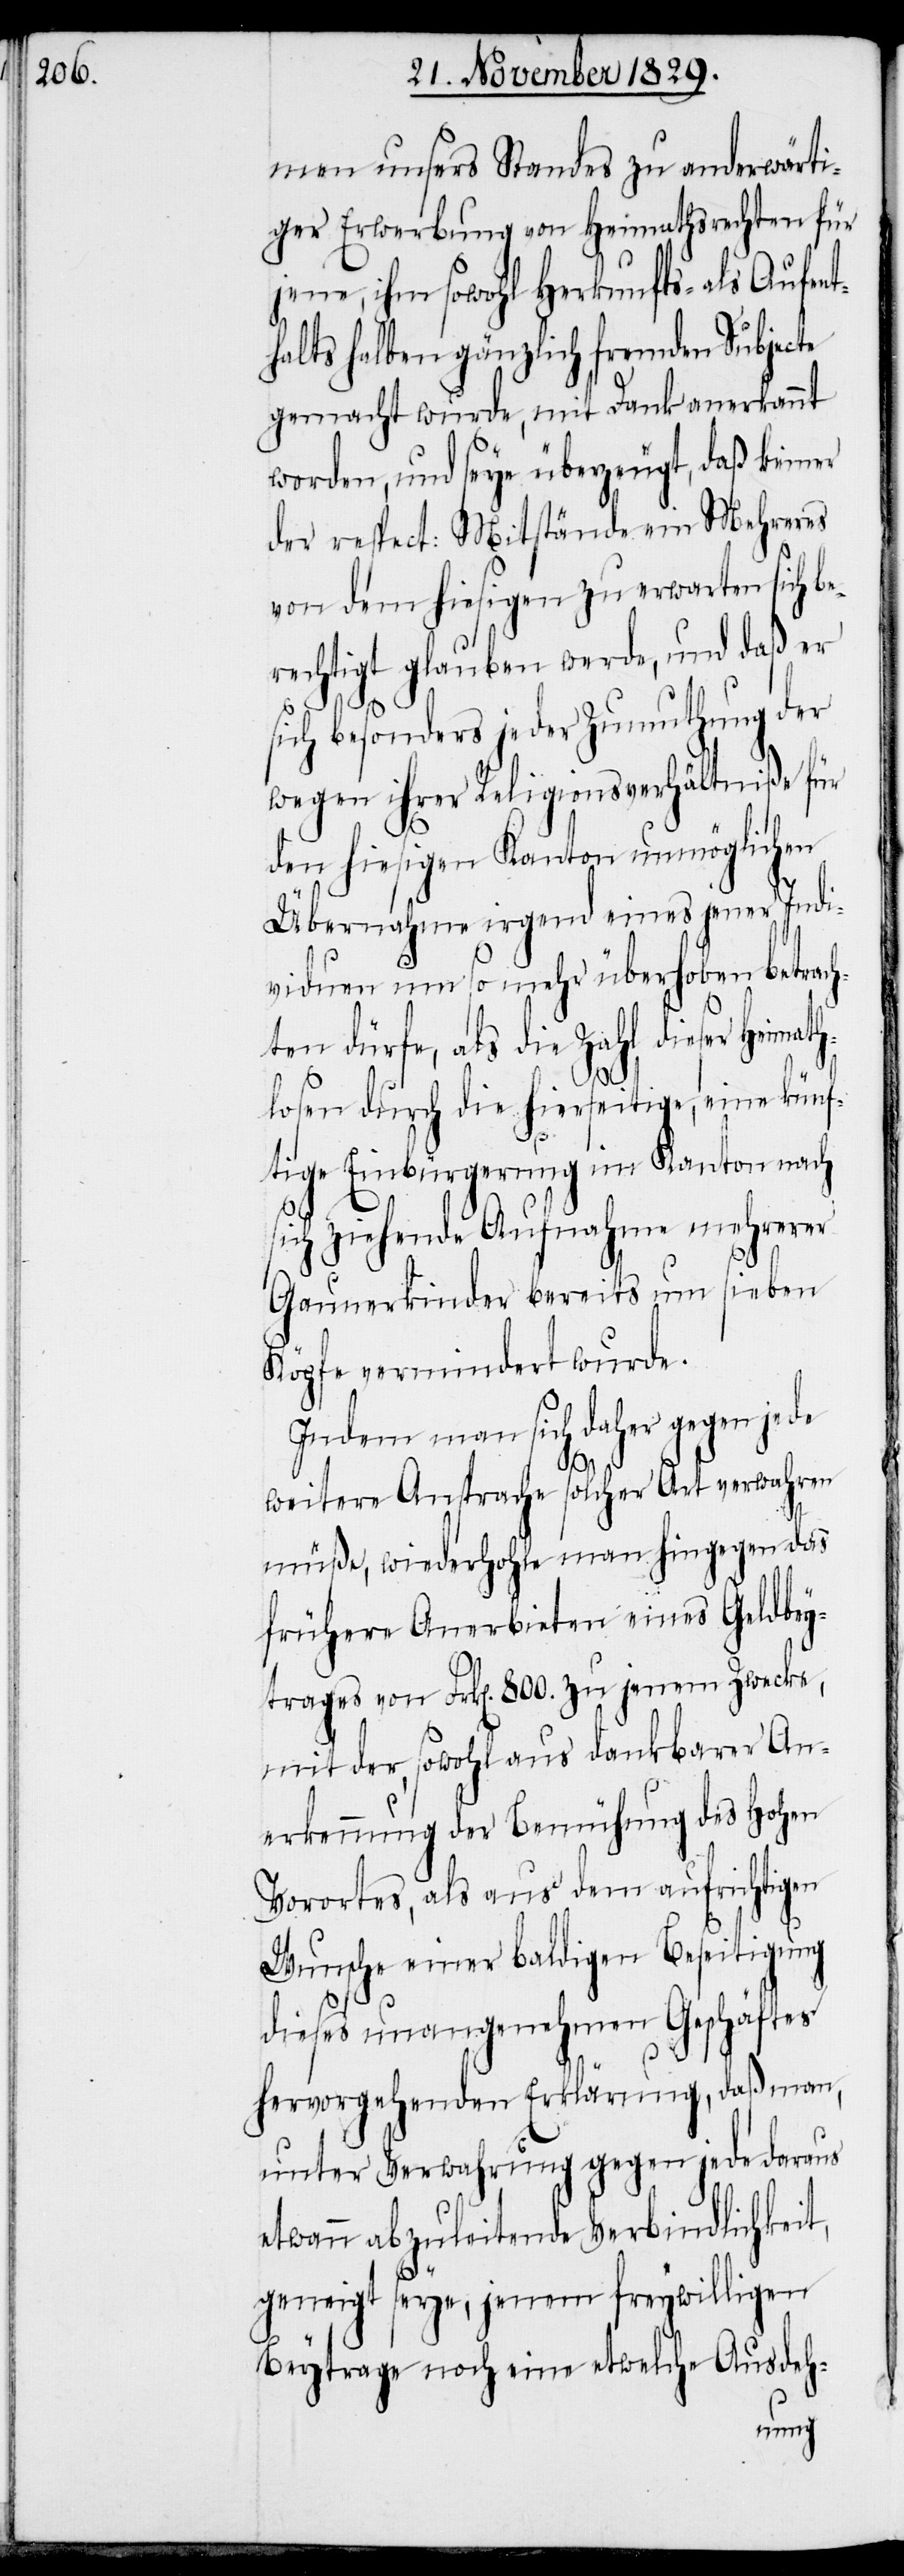
men unsers Standes zu anderwärti¬
ger Erwerbung von Heimathsrechten für
jene, ihm sowohl Herkunfts- als Aufent¬
halts halben gänzlich fremden Subjecte
gemacht wurde, mit Dank anerkannt
worden, und seye überzeugt, daß keiner
der respect: Mitstände ein Mehreres
von dem hiesigen zu erwarten sich be¬
rechtigt glauben werde, und daß er
sich besonders in der Zumuthung der
wegen ihrer Religionsverhältniße für
den hiesigen Kanton unmöglichen
Übernahme irgend eines jener Indi¬
viduen um so mehr überhoben betrach¬
ten dürfe, als die Zahl dieser Heimath¬
losen durch die hierseitige, eine künf¬
tige Einbürgerung im Kanton nach
sich ziehende Aufnahme mehrerer
Gaunerkinder bereits um sieben
Köpfe vermindert wurde.
Indem man sich daher gegen jede
weitere Ansprache solcher Art verwahren
müße, wiederhohle man hingegen das
frühere Anerbieten eines Geldbey¬
trages von Frk[en]. 800. zu jenem Zwecke,
mit der, sowohl aus dankbarer An¬
erkennung der Bemühung des Hohen
Vorortes, als aus dem aufrichtigen
Wunsche einer baldigen Beseitigung
dieses unangenehmen Geschäftes
hervorgehenden Erklärung, daß man,
unter Verwahrung gegen jede daraus
etwann abzuleitende Verbindlichkeit,
geneigt seye, jenem freywilligen
Beytrage noch eine etwelche Ausdeh-